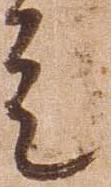
走